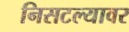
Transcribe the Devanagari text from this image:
निसटल्यावर